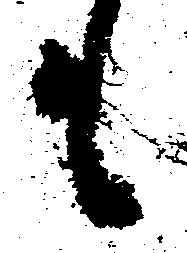
も